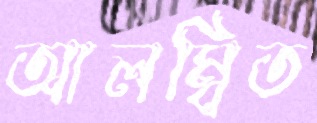
আলম্বিত